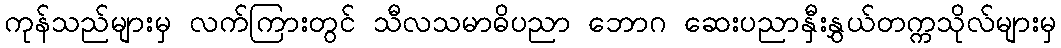
ကုန်သည်များမှ လက်ကြားတွင် သီလသမာဓိပညာ ဘောဂ ဆေးပညာနှီးနွှယ်တက္ကသိုလ်များမှ